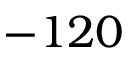
- 1 2 0